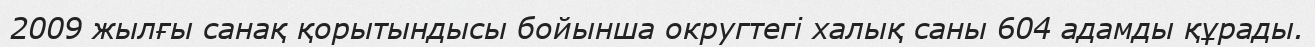
2009 жылғы санақ қорытындысы бойынша округтегі халық саны 604 адамды құрады.